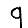
Digit: 9